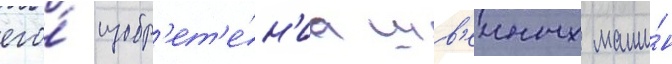
его́ изобр'ет'е́н'иа шв'еиных маши́н